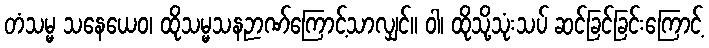
တံသမ္မ သနေယေဝ၊ ထိုသမ္မသနဉာဏ်ကြောင့်သာလျှင်။ ဝါ၊ ထိုသို့သုံးသပ် ဆင်ခြင်ခြင်းကြောင့်